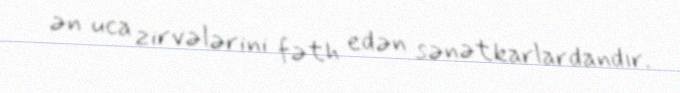
ən uca zirvələrini fəth edən sənətkarlardandır.